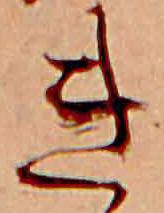
き